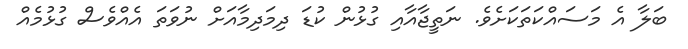
ބަލާ އެ މަސައްކަތަކަށެވެ. ނަތީޖާއާއި ގުޅުން ކުޑަ ދިމަދިމާއަށް ނުވަތަ އެއްވެސް ގުޅުމެއް